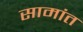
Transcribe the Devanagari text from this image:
सामांत